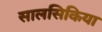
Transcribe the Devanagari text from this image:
सालसिकिया